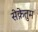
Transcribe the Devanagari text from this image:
सेक्रेतुम